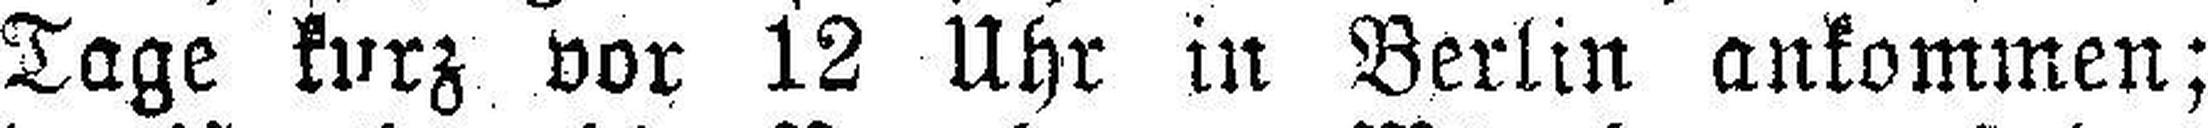
Tage kurz vor 12 Uhr in Berlin ankommen;